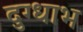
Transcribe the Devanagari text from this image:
दुग्धाभ